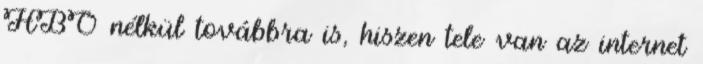
HBO nélkül továbbra is, hiszen tele van az internet